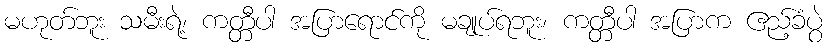
မဟုတ်ဘူး သမီးရဲ့၊ ကတ္တီပါ အပြာရောင်ကို မချုပ်ရဘူး၊ ကတ္တီပါ အပြာက ဧည့်ခံပွဲ